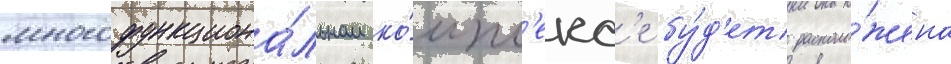
многофункциона́льном ко́мпл'екс'е бу́д'ет располо́жена